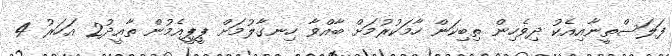
ފަލަސްތީނާއިއެކު ދިވެހިން ތިބިކަން ހާމަކުރުމަށް ބާއްވާ ހިނގާލުމަށް ޕީޕީއެމުން ތާއީދު2 އަހަރު 4